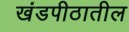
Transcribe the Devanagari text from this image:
खंडपीठातील